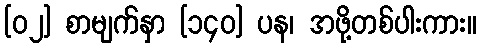
[၀၂] စာမျက်နှာ [၁၄၀] ပန၊ အဖို့တစ်ပါးကား။